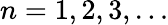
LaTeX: n=1,2,3,\dots